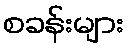
စခန်းများ